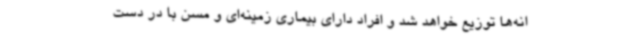
انه‌ها توزیع خواهد شد و افراد دارای بیماری زمینه‌ای و مسن با در دست